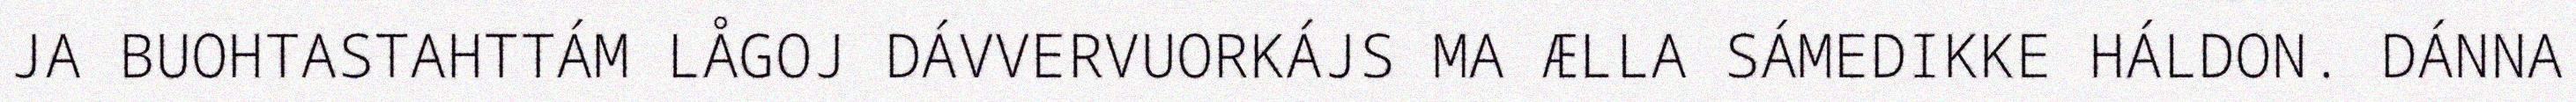
JA BUOHTASTAHTTÁM LÅGOJ DÁVVERVUORKÁJS MA ÆLLA SÁMEDIKKE HÁLDON. DÁNNA